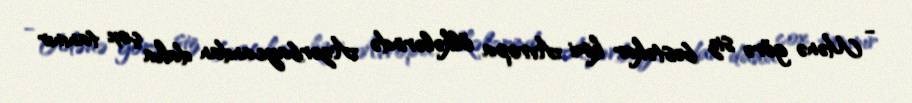
- Mənə görə siz bəstəkar kimi Avropa ölkələrində Azərbaycandan daha çox tanınır